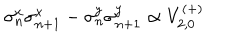
LaTeX: \sigma _ { n } ^ { x } \sigma _ { n + 1 } ^ { x } - \sigma _ { n } ^ { y } \sigma _ { n + 1 } ^ { y } \propto V _ { 2 , 0 } ^ { ( + ) }